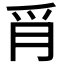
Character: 𦙔